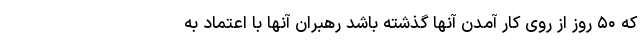
که ۵۰ روز از روی کار آمدن آنها گذشته باشد رهبران آنها با اعتماد به